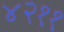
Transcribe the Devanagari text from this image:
४२११